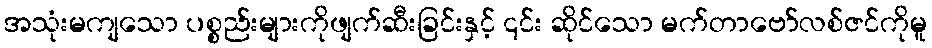
အသုံးမကျသော ပစ္စည်းများကိုဖျက်ဆီးခြင်းနှင့် ၎င်း ဆိုင်သော မက်တာဗော်လစ်ဇင်ကိုမူ